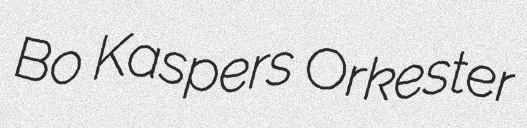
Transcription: Bo Kaspers Orkester